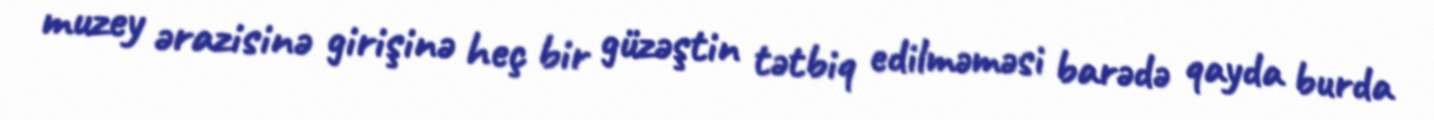
muzey ərazisinə girişinə heç bir güzəştin tətbiq edilməməsi barədə qayda burda